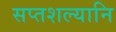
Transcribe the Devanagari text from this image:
सप्तशल्यानि